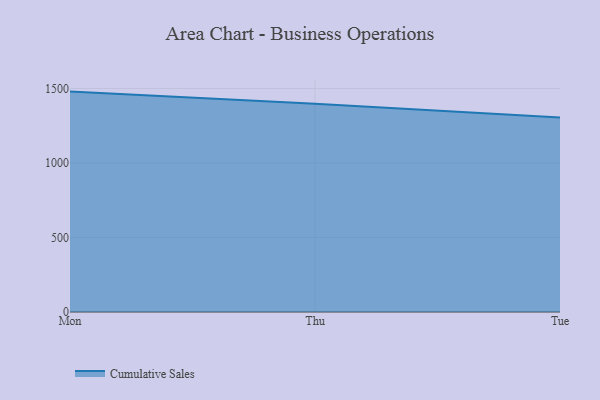
{"axis": {"x": "Day", "y": "Website Visitors"}, "legend": ["Cumulative Sales"], "data": [{"x": "Mon", "y": 1479.0, "type": "Cumulative Sales"}, {"x": "Thu", "y": 1398.3, "type": "Cumulative Sales"}, {"x": "Tue", "y": 1305.7, "type": "Cumulative Sales"}]}